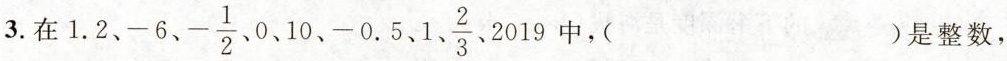
3.在1.2、-6、-\frac{1}{2}、0、10、-0.5、1、\frac{2}{3}、2019中，()是整数，